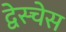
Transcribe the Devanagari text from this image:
द्वेस्चेस